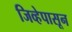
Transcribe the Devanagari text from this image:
जिव्हेपासून